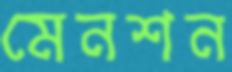
মেনশন